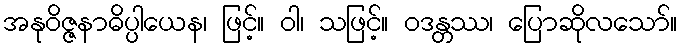
အနုဝိဇ္ဇနာဓိပ္ပါယေန၊ ဖြင့်။ ဝါ၊ သဖြင့်။ ဝဒန္တဿ၊ ပြောဆိုလသော်။